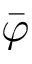
\bar { \varphi }